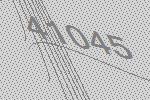
41045